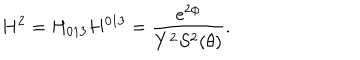
H ^ { 2 } = H _ { 0 1 3 } H ^ { 0 1 3 } = \frac { e ^ { 2 \phi } } { Y ^ { 2 } S ^ { 2 } ( \theta ) } .